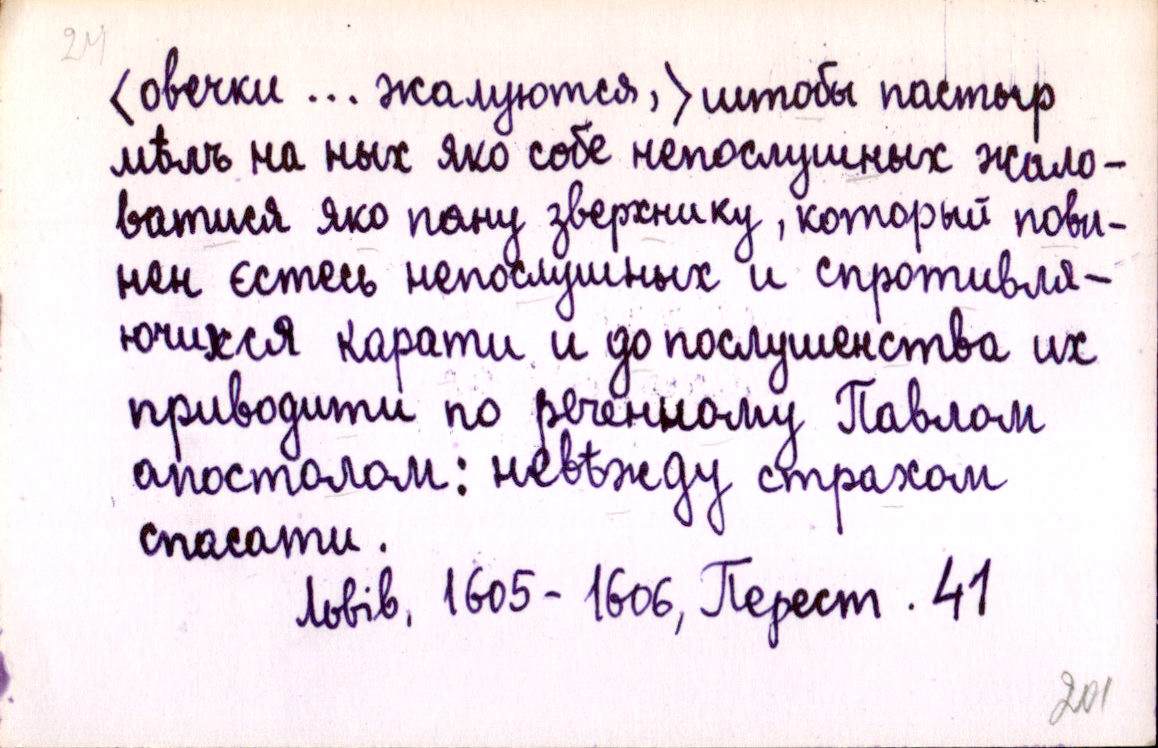
⟨овечки … жалуются,⟩ штобы пастыр
мѣлъ на ныхъ яко собе непослушных жало-
ватися яко пану зверхнику, который пови-
нен єстесь непослушных и спротивля-
ючихся карати и до послушенства их
приводити по реченному Павлом
апостолом: невѣжду страхом
спасати.
Львів, 1605-1606, Перест. 41